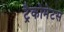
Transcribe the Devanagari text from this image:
ट्रैकोमेटस